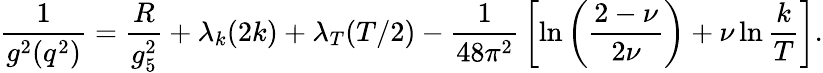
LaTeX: {\frac{1}{g^{2}(q^{2})}}={\frac{R}{g_{5}^{2}}}+\lambda_{k}(2k)+\lambda_{T}(T/2)-{\frac{1}{48\pi^{2}}}\left[\ln\left({\frac{2-\nu}{2\nu}}\right)+\nu\ln{\frac{k}{T}}\right].